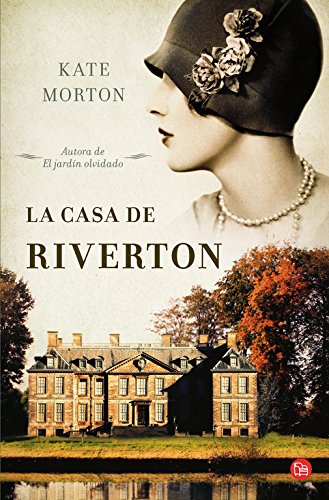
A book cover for La casa de Riverton (Spanish Edition); Kate Morton; Romance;